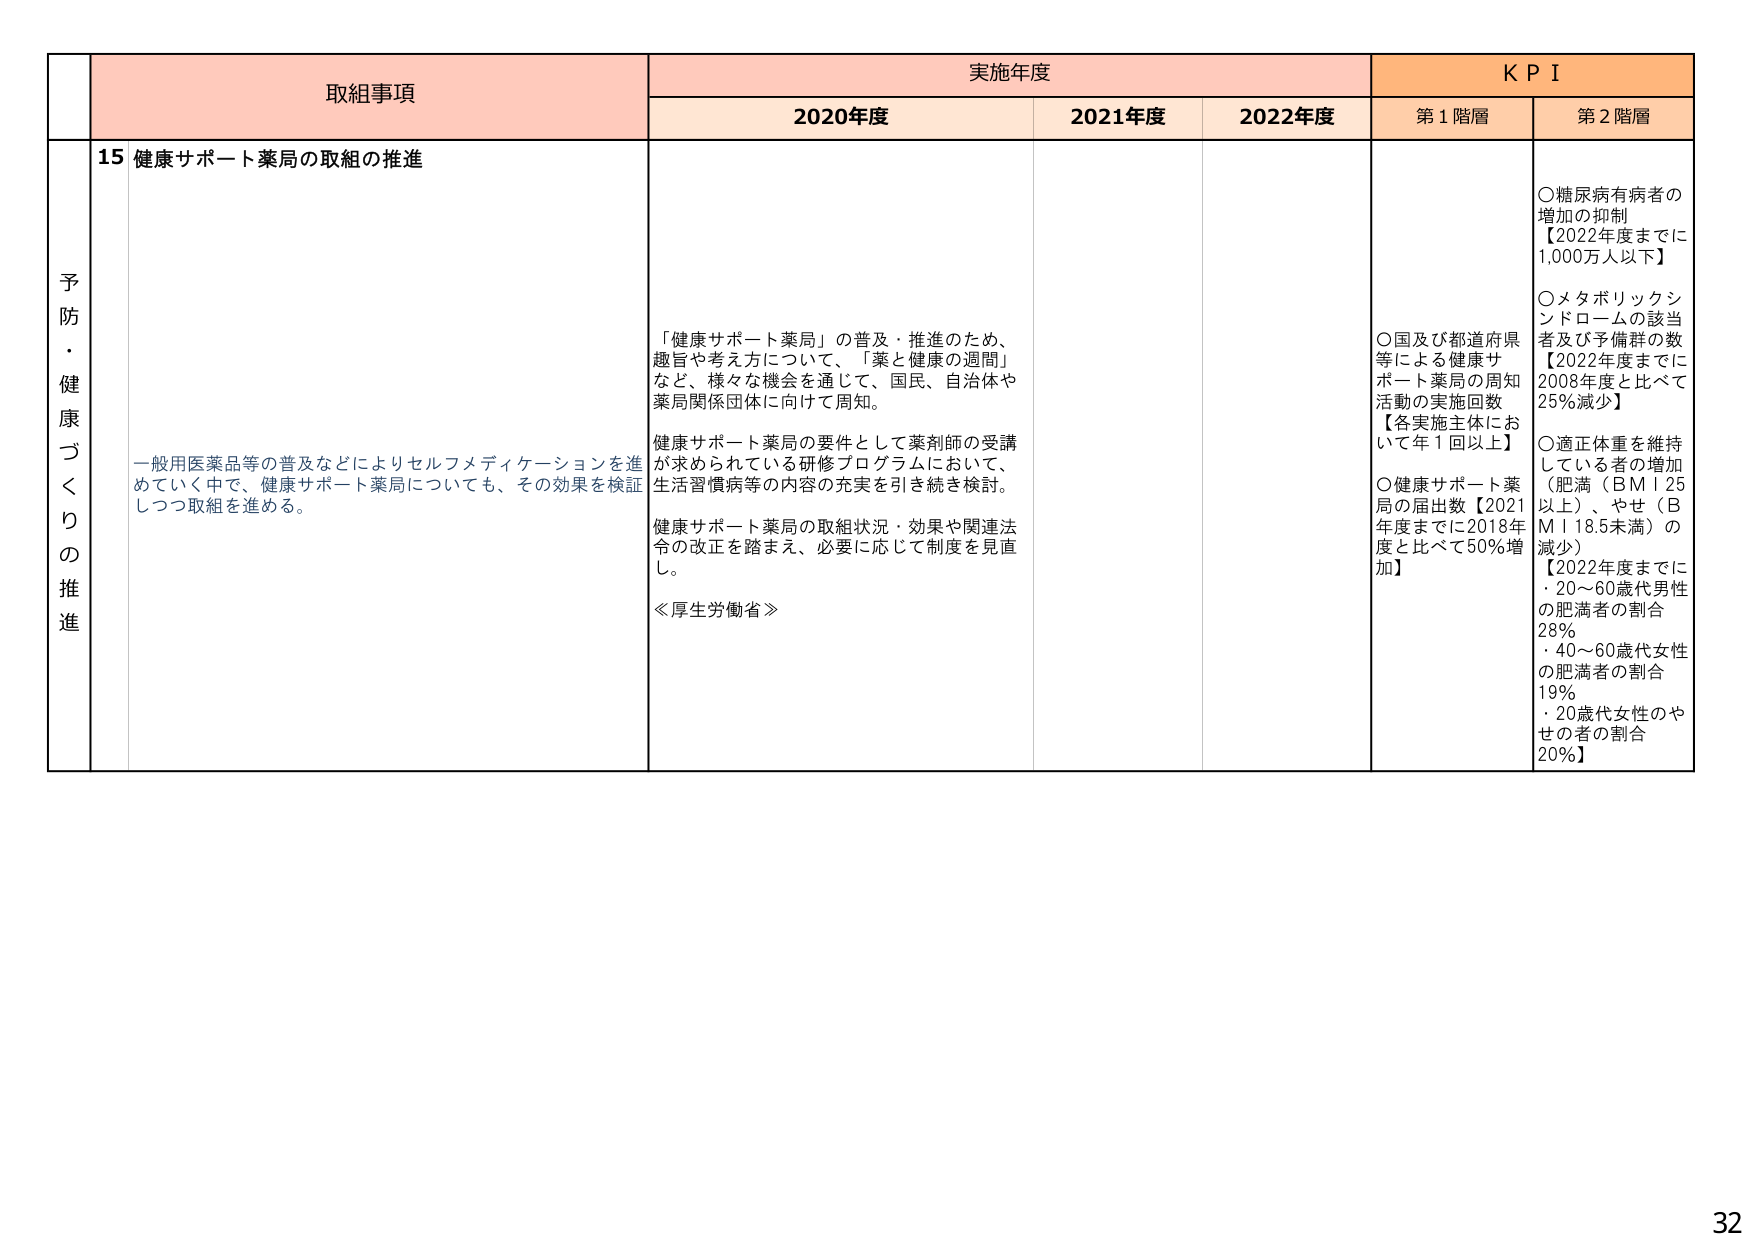
予防・健康づくりの推進

取組事項
15 健康サポート薬局の取組の推進

一般用医薬品等の普及などによりセルフメディケーションを進めていく中で、健康サポート薬局についても、その効果を検証しつつ取組を進める。

実施年度
2020年度
「健康サポート薬局」の普及・推進のため、趣旨や考え方について、「薬と健康の週間」など、様々な機会を通じて、国民、自治体や薬局関係団体に向けて周知。

健康サポート薬局の要件として薬剤師の受講が求められている研修プログラムにおいて、生活習慣病等の内容の充実を引き続き検討。

健康サポート薬局の取組状況・効果や関連法令の改正を踏まえ、必要に応じて制度を見直し。

≪厚生労働省≫

2021年度

2022年度

KPI
第1階層
○国及び都道府県等による健康サポート薬局の周知活動の実施回数【各実施主体において年1回以上】
○健康サポート薬局の届出数【2021年度までに2018年度と比べて50%増加】

第2階層
○糖尿病有病者の増加の抑制【2022年度までに1,000万人以下】
○メタボリックシンドロームの該当者及び予備群の数【2022年度までに2008年度と比べて25%減少】
○適正体重を維持している者の増加（肥満（BMI 25以上）、やせ（BMI 18.5未満）の減少）【2022年度までに・20～60歳代男性の肥満者の割合28%・40～60歳代女性の肥満者の割合19%・20歳代女性のやせの者の割合20%】

32